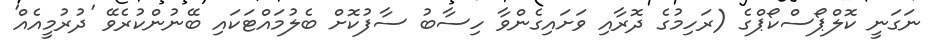
ނަގަނީ ކޮލްޕޯސްކޯޕްގެ (ރަހިމުގެ ދޮރާއި ވަށައިގެންވާ ހިސާބު ސާފުކޮށް ބެލުމައްޓަކައި ބޭނުންކުރެވޭ 'ދުރުމީއެއް'